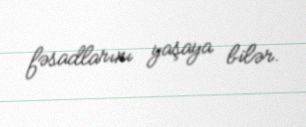
fəsadlarını yaşaya bilər.